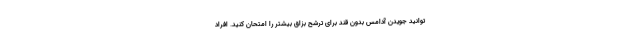
توانید جویدن آدامس بدون قند برای ترشح بزاق بیشتر را امتحان کنید. افراد